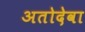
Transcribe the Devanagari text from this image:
अतोदेवा